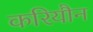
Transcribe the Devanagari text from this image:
करियौन